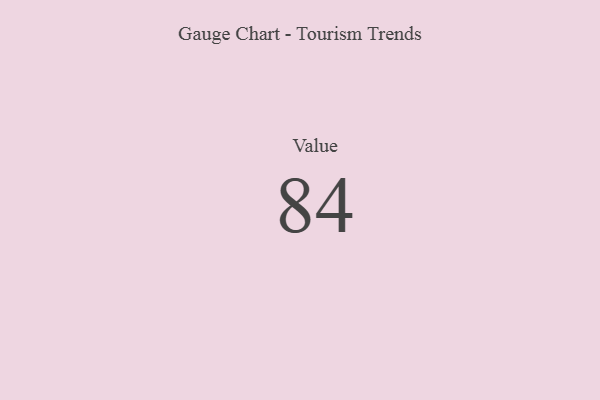
{"axis": {"x": "Metric", "y": "Value"}, "legend": [""], "data": [{"x": "Value", "y": 84, "type": ""}]}